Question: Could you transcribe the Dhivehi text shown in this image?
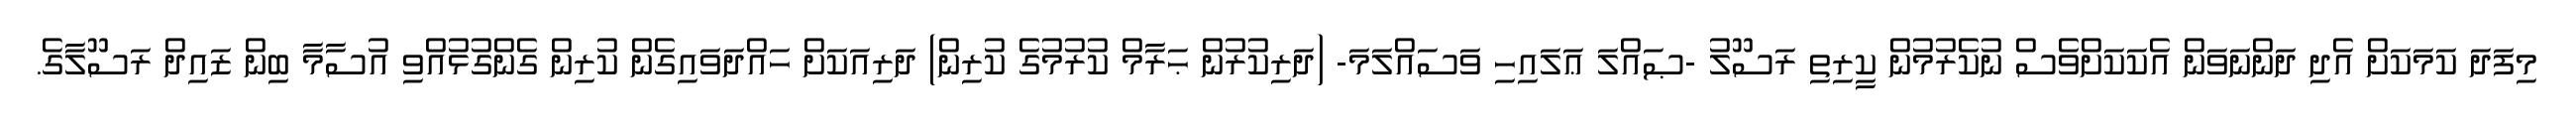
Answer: މިފަދަ ކަމަކަށް އެދި ދަންނަވަން އެކަކަށްވެސް ނުކެރުމުން ކީރިތި ރަސޫލު -ޞައްލަ ޢަލައިހި ވަސައްލަމަ- (ދަރިކުރުން ޙަރާމް ކުރުމުގެ ކުރިން) ދަރިއަކަށް ހައްދަވައިގެން ކުރިން ގެންގުޅުއްވި އުސާމާ ބިން ޒައިދް ރަސޫލާގެ.